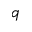
q